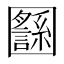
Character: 𡈸